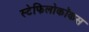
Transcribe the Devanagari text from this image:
स्टेफिलोकॉकस